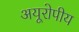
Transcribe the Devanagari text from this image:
अयूरोपीय